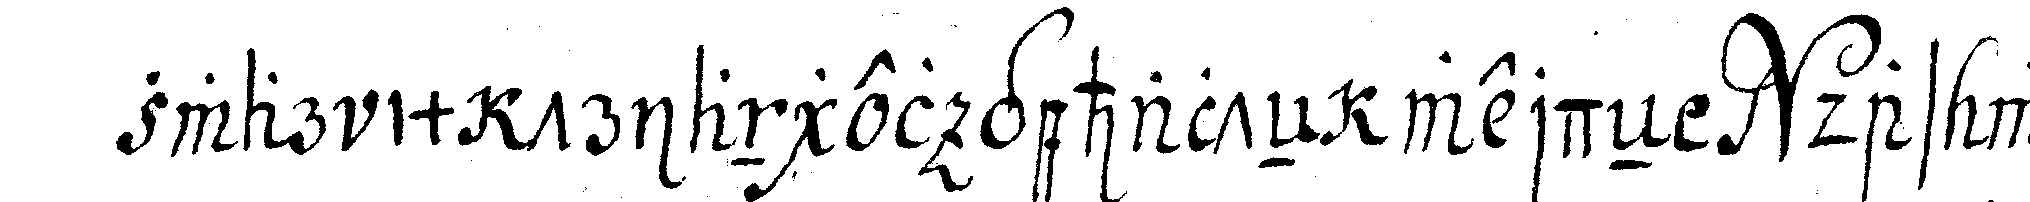
zwar im triangel gehalteN werdeN das wort